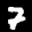
Label: 7